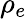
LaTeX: \rho_{e}